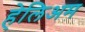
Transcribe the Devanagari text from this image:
हेलिअम